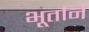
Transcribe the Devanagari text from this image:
भूतनि